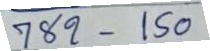
782 - 150